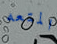
المتعه